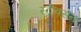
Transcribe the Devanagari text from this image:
स्टीवसन